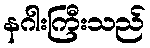
နဂါးကြီးသည်